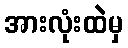
အားလုံးထဲမှ